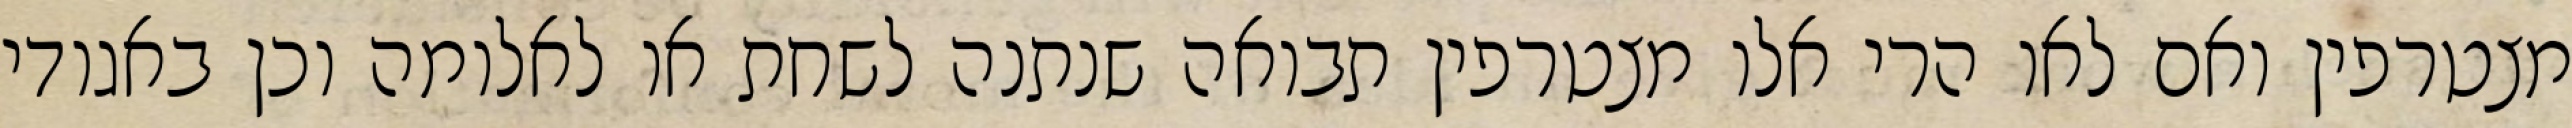
מצטרפין ואם לאו הרי אלו מצטרפין תבואה שנתנה לשחת או לאלומה וכן באגודי